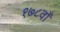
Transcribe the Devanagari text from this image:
१७८वाँ